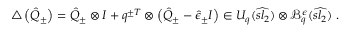
\triangle \left( \hat { Q } _ { \pm } \right) = \hat { Q } _ { \pm } \otimes I + q ^ { \pm T } \otimes \left( \hat { Q } _ { \pm } - \hat { \epsilon } _ { \pm } I \right) \in U _ { q } ( \widehat { s l _ { 2 } } ) \otimes \mathcal { B } _ { q } ^ { \epsilon } ( \widehat { s l _ { 2 } } ) \ .